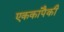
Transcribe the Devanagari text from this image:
एककांपैकी